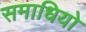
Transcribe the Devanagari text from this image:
समाधियो